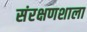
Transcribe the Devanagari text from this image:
संरक्षणशाला